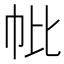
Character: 𢁦